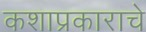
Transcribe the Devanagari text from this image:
कशाप्रकाराचे